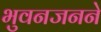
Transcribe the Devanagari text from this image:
भुवनजनने